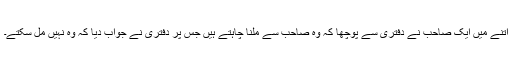
اتنے میں ایک صاحب نے دفتری سے پوچھا کہ وہ صاحب سے ملنا چاہتے ہیں جس پر دفتری نے جواب دیا کہ وہ نہیں مل سکتے۔